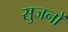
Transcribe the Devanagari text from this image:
सुजनों